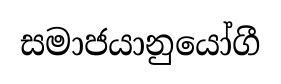
සමාජයානුයෝගී